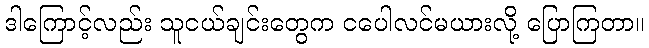
ဒါကြောင့်လည်း သူငယ်ချင်းတွေက ငပေါလင်မယားလို့ ပြောကြတာ။